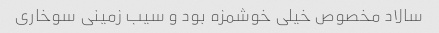
سالاد مخصوص خیلی خوشمزه بود و سیب زمینی سوخاری